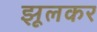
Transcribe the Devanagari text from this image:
झूलकर